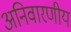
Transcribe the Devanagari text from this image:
अनिवारणीय